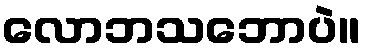
လောဘသဘောပဲ။